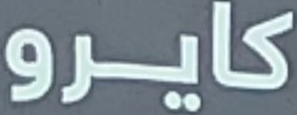
كايرو